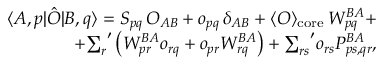
\begin{array} { r l r } & { } & { \langle A , p | \hat { O } | B , q \rangle = S _ { p q } \, O _ { A B } + o _ { p q } \, \delta _ { A B } + \langle O \rangle _ { \mathrm { c o r e } } \, W _ { p q } ^ { B A } + } \\ & { } & { + { \sum _ { r } } ^ { \prime } \left( W _ { p r } ^ { B A } o _ { r q } + o _ { p r } W _ { r q } ^ { B A } \right) + { \sum _ { r s } } ^ { \prime } o _ { r s } P _ { p s , q r } ^ { B A } , } \end{array}